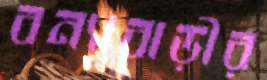
বন্যাবাড়ীর